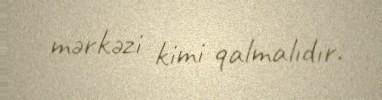
mərkəzi kimi qalmalıdır.